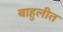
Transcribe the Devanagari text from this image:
बाहुलीत